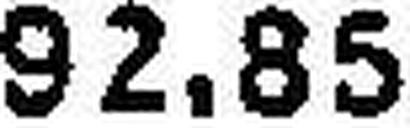
92.85